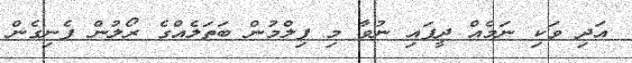
އަދި ވަކި ނަމެއް ދީފައި ނުވާ މި ފިލްމުން ބަތަލެއްގެ ރޯލުން ފެނިގެން